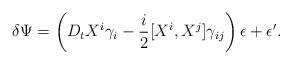
LaTeX: \begin{align*}\delta\Psi =\left(D_t X^i \gamma_i -{i \over 2} [X^i, X^j]\gamma_{ij}\right)\epsilon +\epsilon^{\prime}.\end{align*}